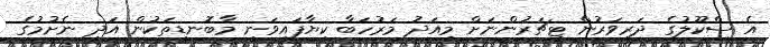
އެ ސްކޫލުގެ ދަރިވަރުން ޓީޗަރުންނަށް މިއަދު މަރުހަބާ ކިޔާފައިވަނީ މާބޮނޑިތަކުން އަދި ނެށުމުގެ